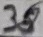
Text: 38